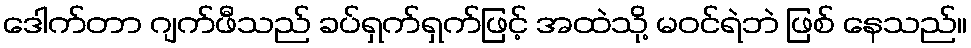
ဒေါက်တာ ဂျက်ဖီသည် ခပ်ရှက်ရှက်ဖြင့် အထဲသို့ မဝင်ရဲဘဲ ဖြစ် နေသည်။